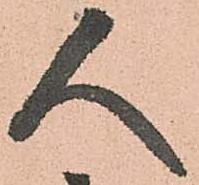
人